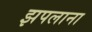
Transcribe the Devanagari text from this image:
झपलाना